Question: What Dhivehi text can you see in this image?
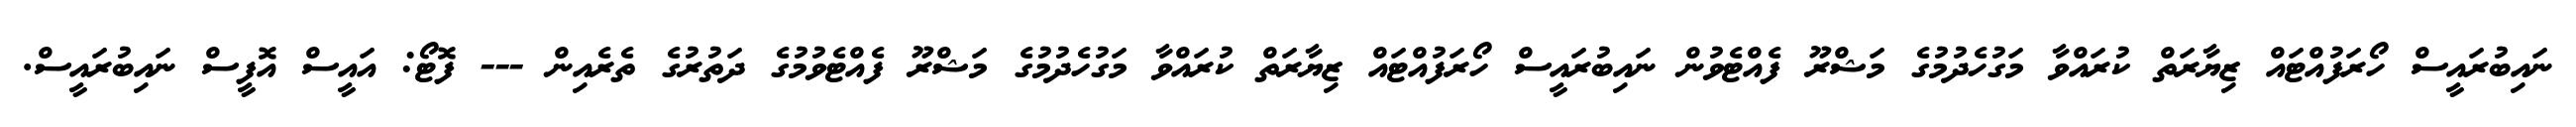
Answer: ނައިބުރައީސް ހޯރަފުއްޓައް ޒިޔާރަތް ކުރައްވާ މަގުހެދުމުގެ މަޝްރޫ ފެއްޓެވުން ނައިބުރައީސް ހޯރަފުއްޓައް ޒިޔާރަތް ކުރައްވާ މަގުހެދުމުގެ މަޝްރޫ ފެއްޓެވުމުގެ ދަތުރުގެ ތެރެއިން --- ފޮޓޯ: އައީސް އޮފީސް ނައިބުރައީސް.